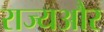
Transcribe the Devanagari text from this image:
राज्यऔर